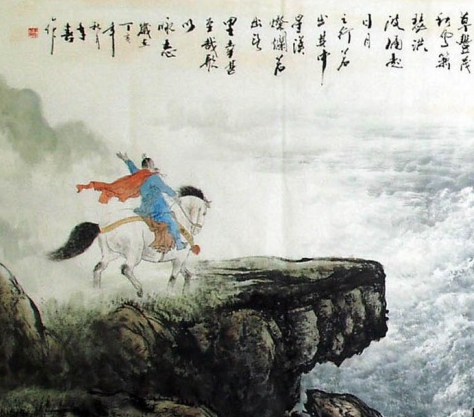
杀敌者，怒也取敌之利者，货也。